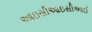
આઇસીઆઇસીઆઈ